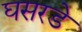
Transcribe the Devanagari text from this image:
घसरडे